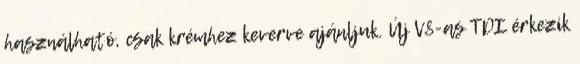
használható, csak krémhez keverve ajánljuk. Új V8-as TDI érkezik